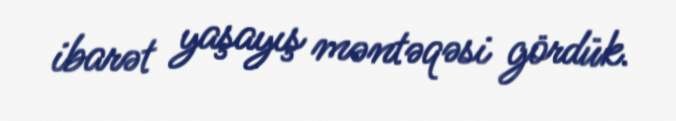
ibarət yaşayış məntəqəsi gördük.